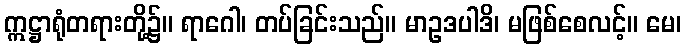
ဣဋ္ဌာရုံတရားတို့၌။ ရာဂေါ၊ တပ်ခြင်းသည်။ မာဥဒပါဒိ၊ မဖြစ်စေလင့်။ မေ၊